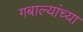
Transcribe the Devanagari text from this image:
गबाल्यांच्या